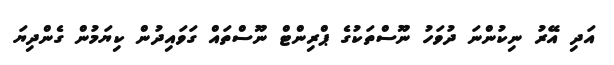
އަދި އޭރު ނިކުންނަ ދުވަހު ނޫސްތަކުގެ ޕްރިންޓް ނޫސްތައް ގަވައިދުން ކިޔަމުން ގެންދިޔަ